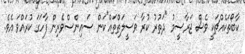
ކާބޯތަކެއްޗަކީ ވެސް ޖަރާސީމު "ދަތުރު ކުރާ ވަސީލަތްތައް"ކަން ސައިންސްވެރިން ފާހަގަ ކުރައްވަ އެވެ.